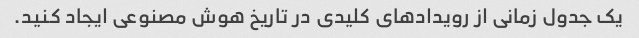
یک جدول زمانی از رویدادهای کلیدی در تاریخ هوش مصنوعی ایجاد کنید.